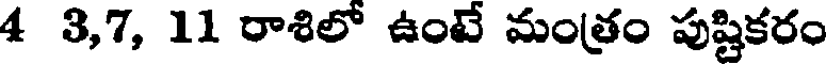
4 3,7, 11 రాశిలో ఉంటే మంత్రం పుష్టికరం